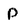
Character: p